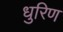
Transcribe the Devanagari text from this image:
धुरिण